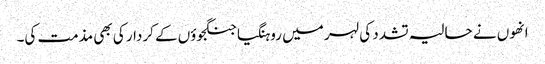
انھوں نے حالیہ تشدد کی لہر میں روہنگیا جنگجوؤں کے کردار کی بھی مذمت کی۔